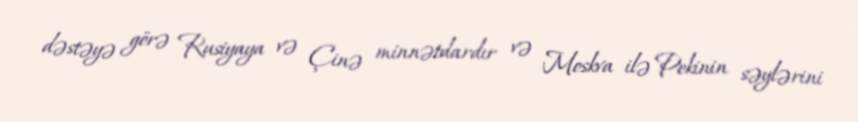
dəstəyə görə Rusiyaya və Çinə minnətdardır və Moskva ilə Pekinin səylərini